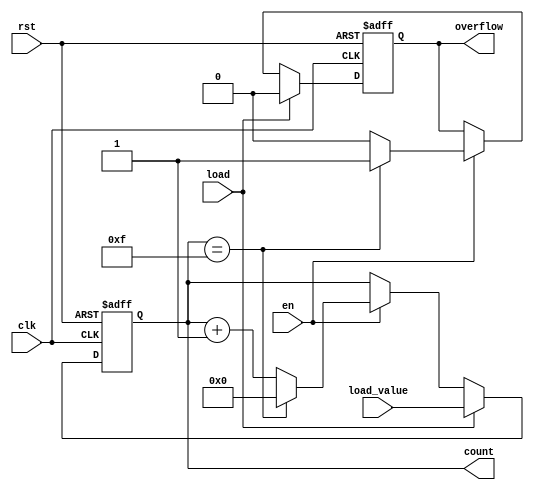
module multi_bit_counter #(
    parameter WIDTH = 4  // Bit width of the counter
) (
    input wire clk,         // Clock signal
    input wire rst,         // Asynchronous reset signal
    input wire en,          // Enable signal for counting
    input wire load,        // Load input for setting the counter to a specific value
    input wire [WIDTH-1:0] load_value,  // Value to load into the counter
    output reg [WIDTH-1:0] count,        // Current count value
    output reg overflow                     // Overflow flag
);

    // Maximum count value
    localparam MAX_COUNT = (1 << WIDTH) - 1;

    always @(posedge clk or posedge rst) begin
        if (rst) begin
            // Asynchronous reset
            count <= 0;
            overflow <= 0;
        end else if (load) begin
            // Load specific value into the counter
            count <= load_value;
            overflow <= 0; // Reset overflow flag when loading a new value
        end else if (en) begin
            // Increment the count value if enabled
            if (count == MAX_COUNT) begin
                count <= 0; // Wrap around to zero
                overflow <= 1; // Set overflow flag
            end else begin
                count <= count + 1; // Increment count
                overflow <= 0; // Clear overflow flag
            end
        end
    end

endmodule